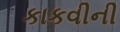
કાકવીની